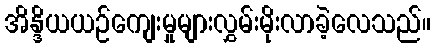
အိန္ဒိယယဉ်ကျေးမှုများလွှမ်းမိုးလာခဲ့လေသည်။